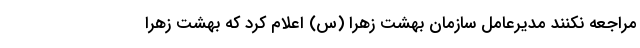
مراجعه نکنند مدیرعامل سازمان بهشت زهرا (س) اعلام کرد که بهشت زهرا